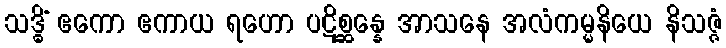
သဒ္ဓိံ ဧကော ဧကာယ ရဟော ပဋိစ္ဆန္နေ အာသနေ အလံကမ္မနိယေ နိသဇ္ဇံ